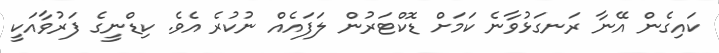
ކައިގެން އޭނާ ރަނގަޅުވާނެ ކަމަށް ޑޮކްޓަރުން ލަފައެއް ނުކުރެ އެވެ. ކިޑްނީގެ ފަރުވާއަކީ